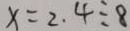
x = 2 . 4 \div 8